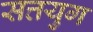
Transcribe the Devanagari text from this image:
सत्तयुग